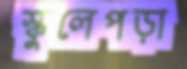
স্কুলেপড়া